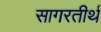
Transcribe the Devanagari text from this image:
सागरतीर्थ